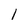
Character: 1